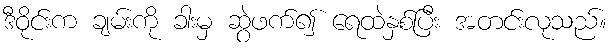
ဒီဝိုင်းက ချမ်းကို ခါးမှ ဆွဲဖက်၍ ရေထဲနှစ်ပြီး အတင်းလုသည်။